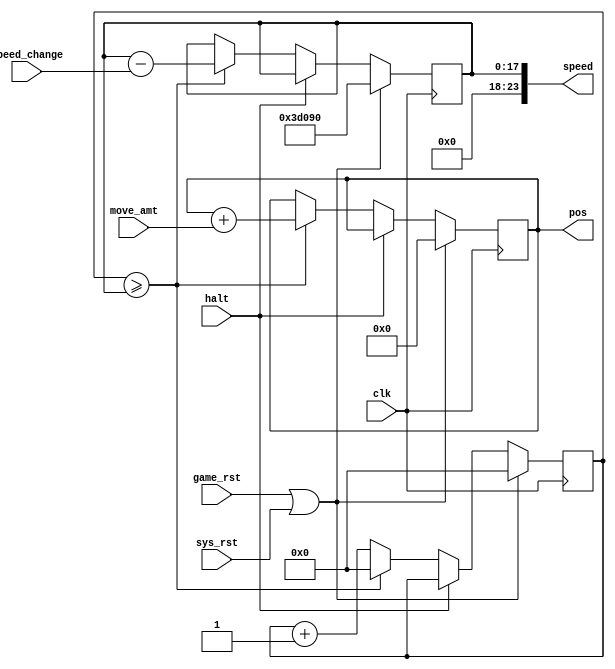
module scroll (
    input wire halt,
    output reg [10:0] pos,
    output wire [23:0] speed,

    input wire [7:0] speed_change,
    input wire [7:0] move_amt,

	input wire game_rst,
    input wire clk,
    input wire sys_rst
);

localparam INITIAL_SPEED = 250000; // 10ms at 25Mhz

reg [17:0] ctr;
reg [17:0] tick_time;

assign speed = tick_time;

always @(posedge clk) begin
    if (game_rst || sys_rst) begin
        pos <= 0;
        ctr <= 0;
        tick_time <= INITIAL_SPEED;
    end
    else if (!halt) begin
        ctr <= ctr + 1;
        if(ctr >= tick_time)begin
            ctr <= 0;
            tick_time <= tick_time - speed_change;
            pos <= pos + move_amt;
        end
    end
end

endmodule